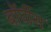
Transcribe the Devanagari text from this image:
बॉर्घीस